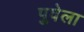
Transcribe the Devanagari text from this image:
पुवेला